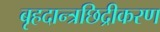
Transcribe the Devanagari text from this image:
बृहदान्त्रछिद्रीकरण